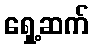
ရှေ့ဆက်